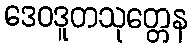
ဒေဝဒူတသုတ္တေန